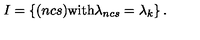
I = \left\{ ( n c s ) { \mathrm { w i t h } } \lambda _ { n c s } = \lambda _ { k } \right\} .